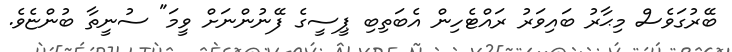
ބޭރުގަވެސް މިޙާރު ބައިވަރު ރައްޓެހިން އެބަތިބި ޕީސީގެ ފޭނުންނަށް ވީމަ" ސުނީތާ ބުންޏެވެ.